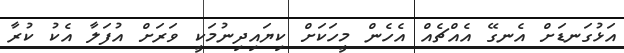
އަޅުގަނޑަށް އެނގޭ އެއްޗެއް އެހެން މީހަކަށް ކިޔައިދިނުމަކީ ވަރަށް އުފަލާ އެކު ކުރާ